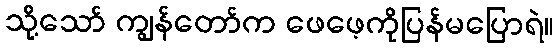
သို့သော် ကျွန်တော်က ဖေဖေ့ကိုပြန်မပြောရဲ။